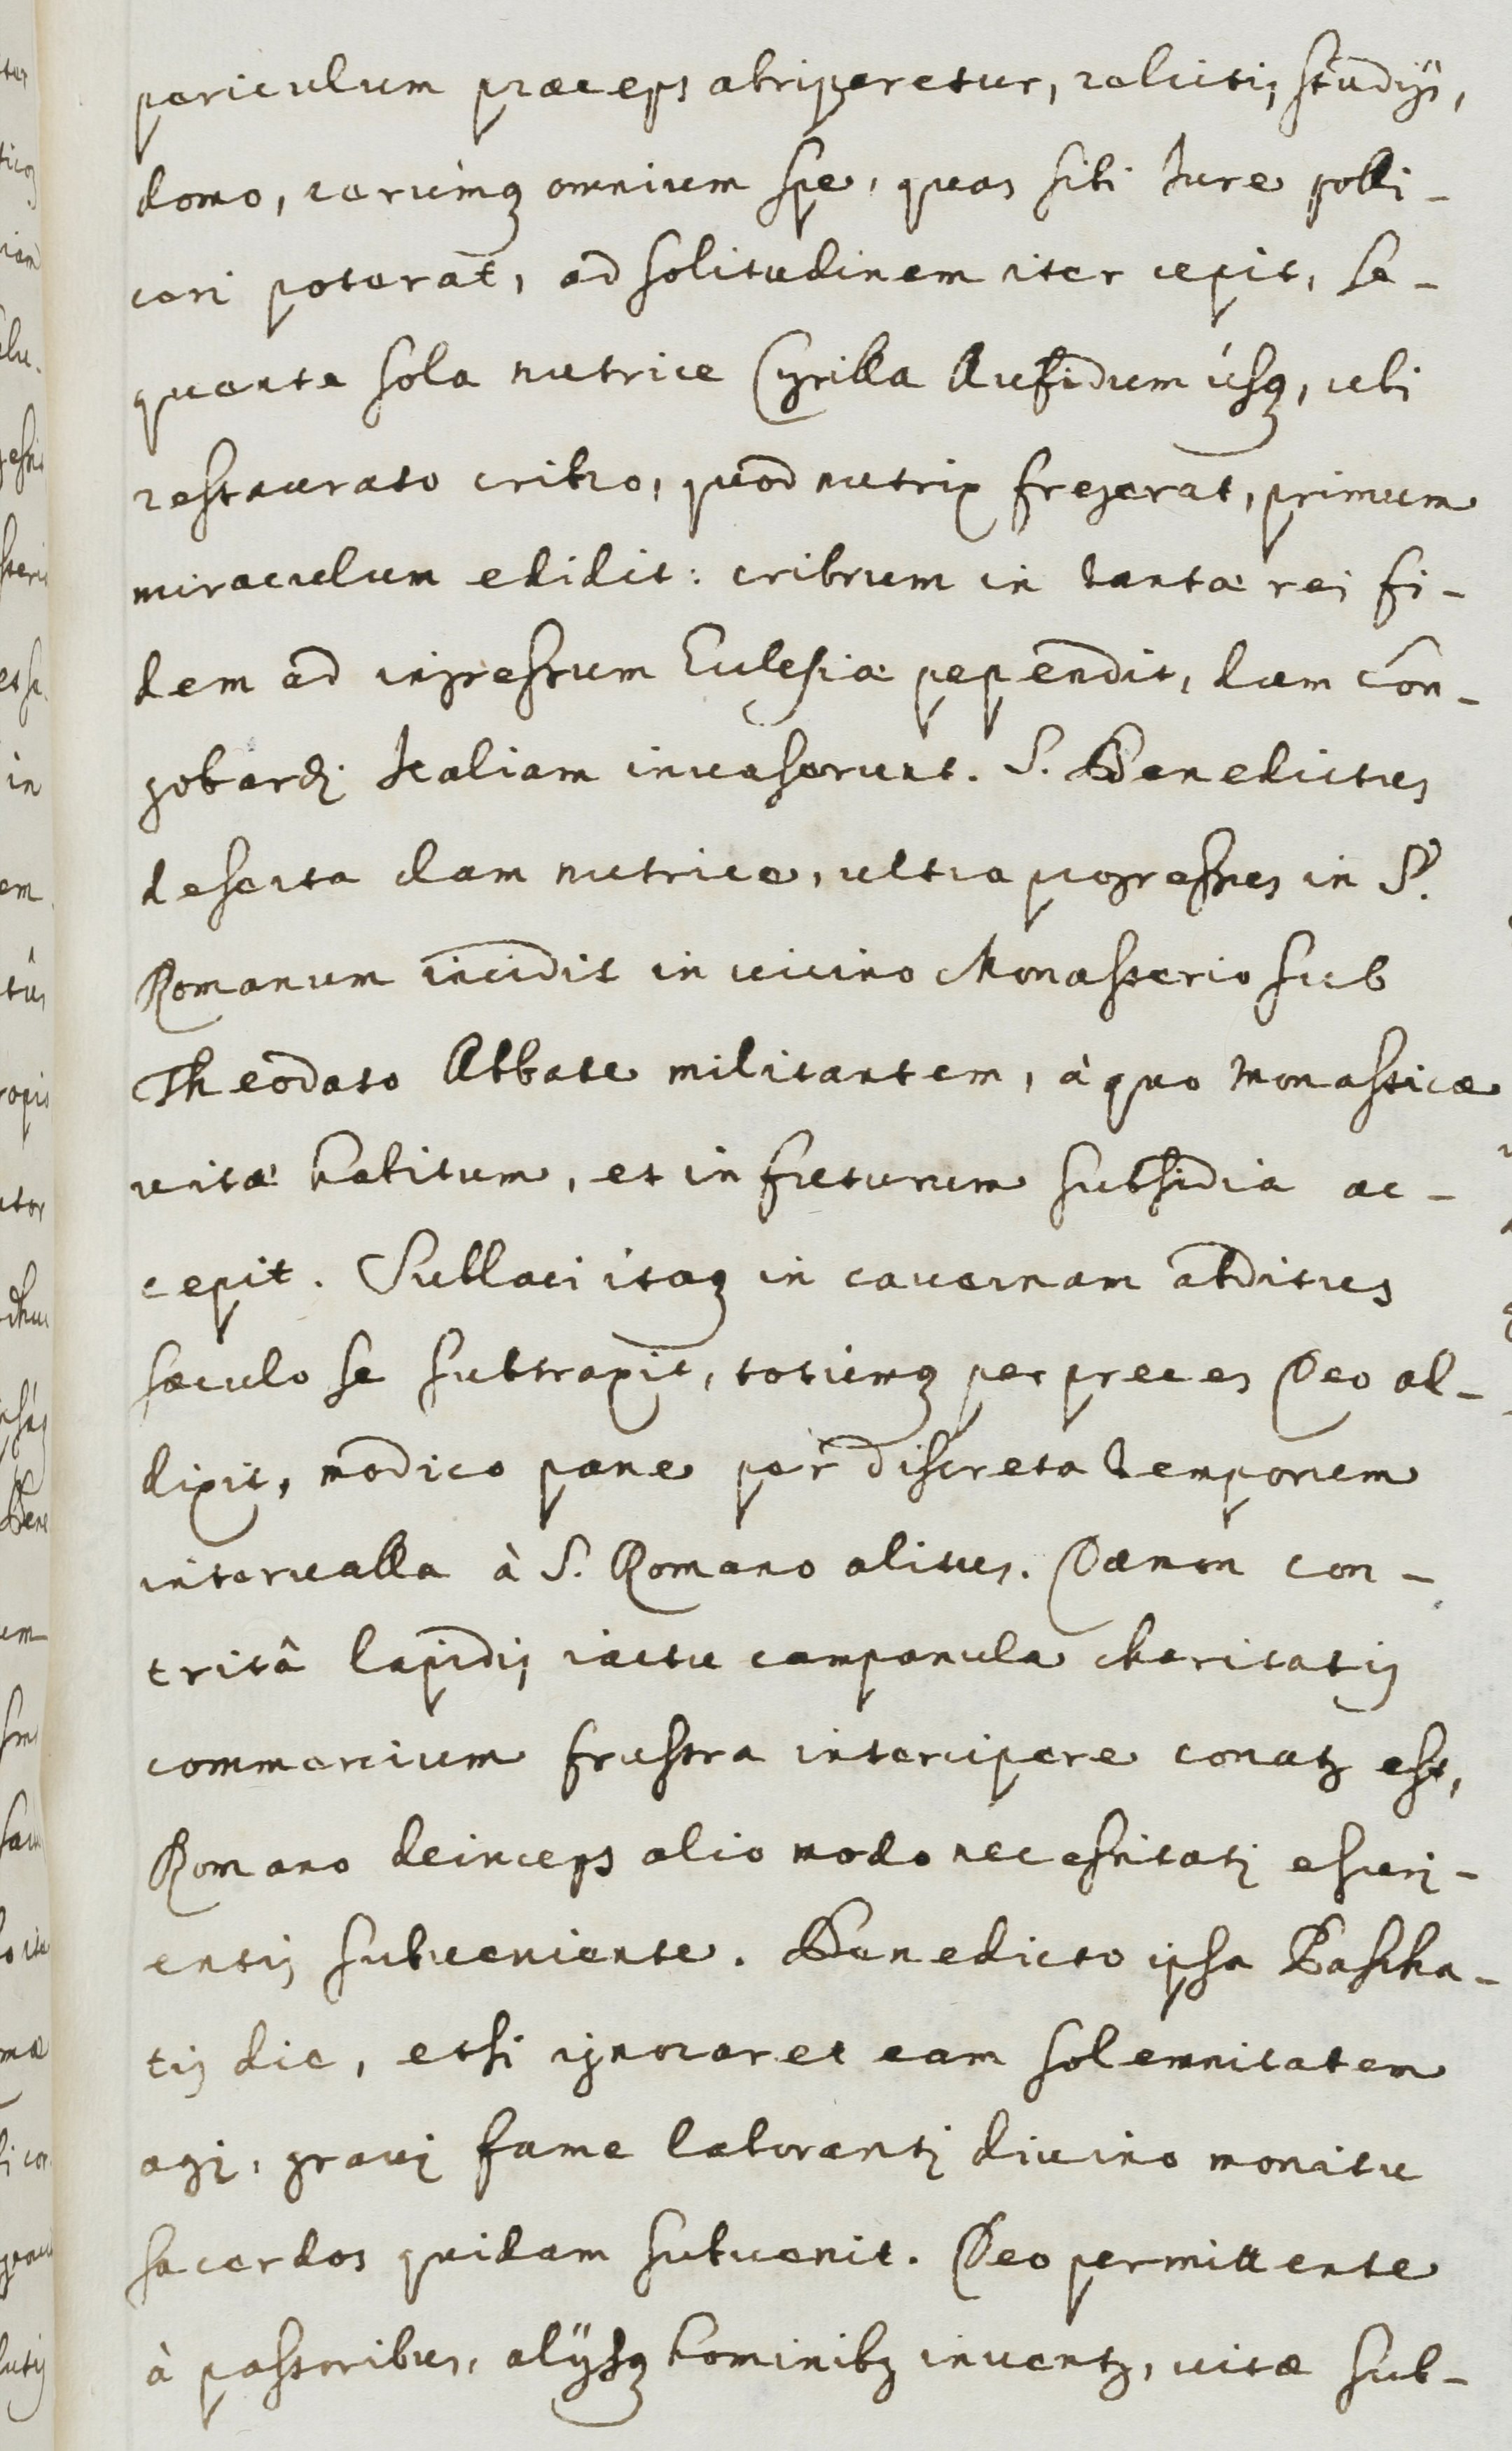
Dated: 1600–1699